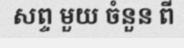
សព្ទ មួយ ចំនួន ពី